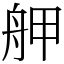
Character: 舺